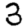
Digit: 3